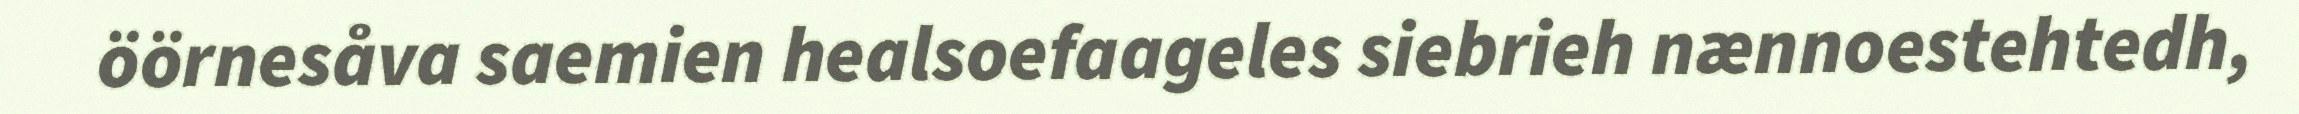
öörnesåva saemien healsoefaageles siebrieh nænnoestehtedh,